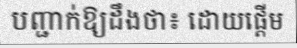
បញ្ជាក់ឱ្យដឹងថា៖ ដោយផ្តើម